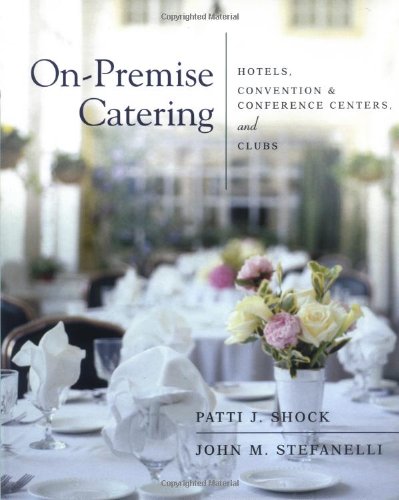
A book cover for On-Premise Catering: Hotels, Convention & Conference Centers, and Clubs; Patti J. Shock; Cookbooks, Food & Wine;